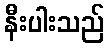
နီးပါးသည်